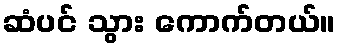
ဆံပင် သွား ကောက်တယ်။